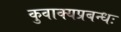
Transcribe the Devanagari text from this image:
कुवाक्यप्रबन्धः